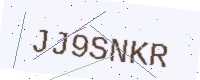
Text: JJ9SNKR